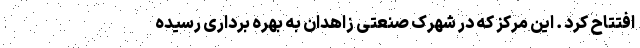
افتتاح کرد . این مرکز که در شهرک صنعتی زاهدان به بهره برداری رسیده